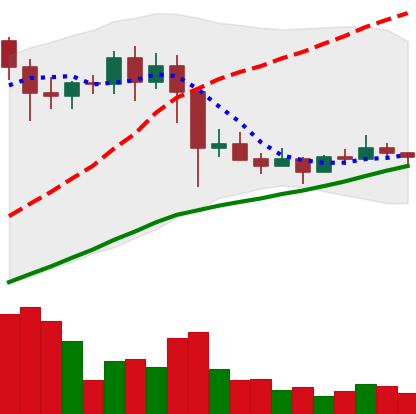
Ticker: EOS-USD
Chart end date: 2021-03-05
Forward return: 7.883%
Label: up_7plus